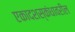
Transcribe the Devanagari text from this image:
एकादशस्कंधावरील